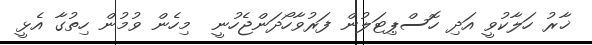
ޚާރު ހަލާކުވީ އަދި ހޮސްޕިޓަލުން ފަރުވާހޯދަންޖެހުނީ  މިހެން ވުމުން ހިތުގާ އެޅީ